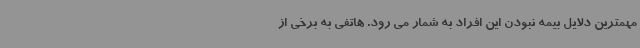
مهمترین دلایل بیمه نبودن این افراد به شمار می رود. هاتفی به برخی از